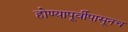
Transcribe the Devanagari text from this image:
होण्यापूर्वीपासूनच